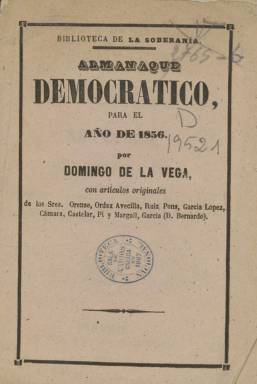
Título: Almanaque democrático
Colección: Almanaques
Ámbito geográfico: Madrid
Lugar de publicación: Madrid
Fechas: 01/01/1856-31/12/1856